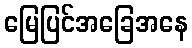
မြေပြင်အခြေအနေ